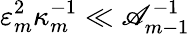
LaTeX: \varepsilon_{m}^{2}\kappa_{m}^{-1}\ll\mathscr{A}_{m-1}^{-1}